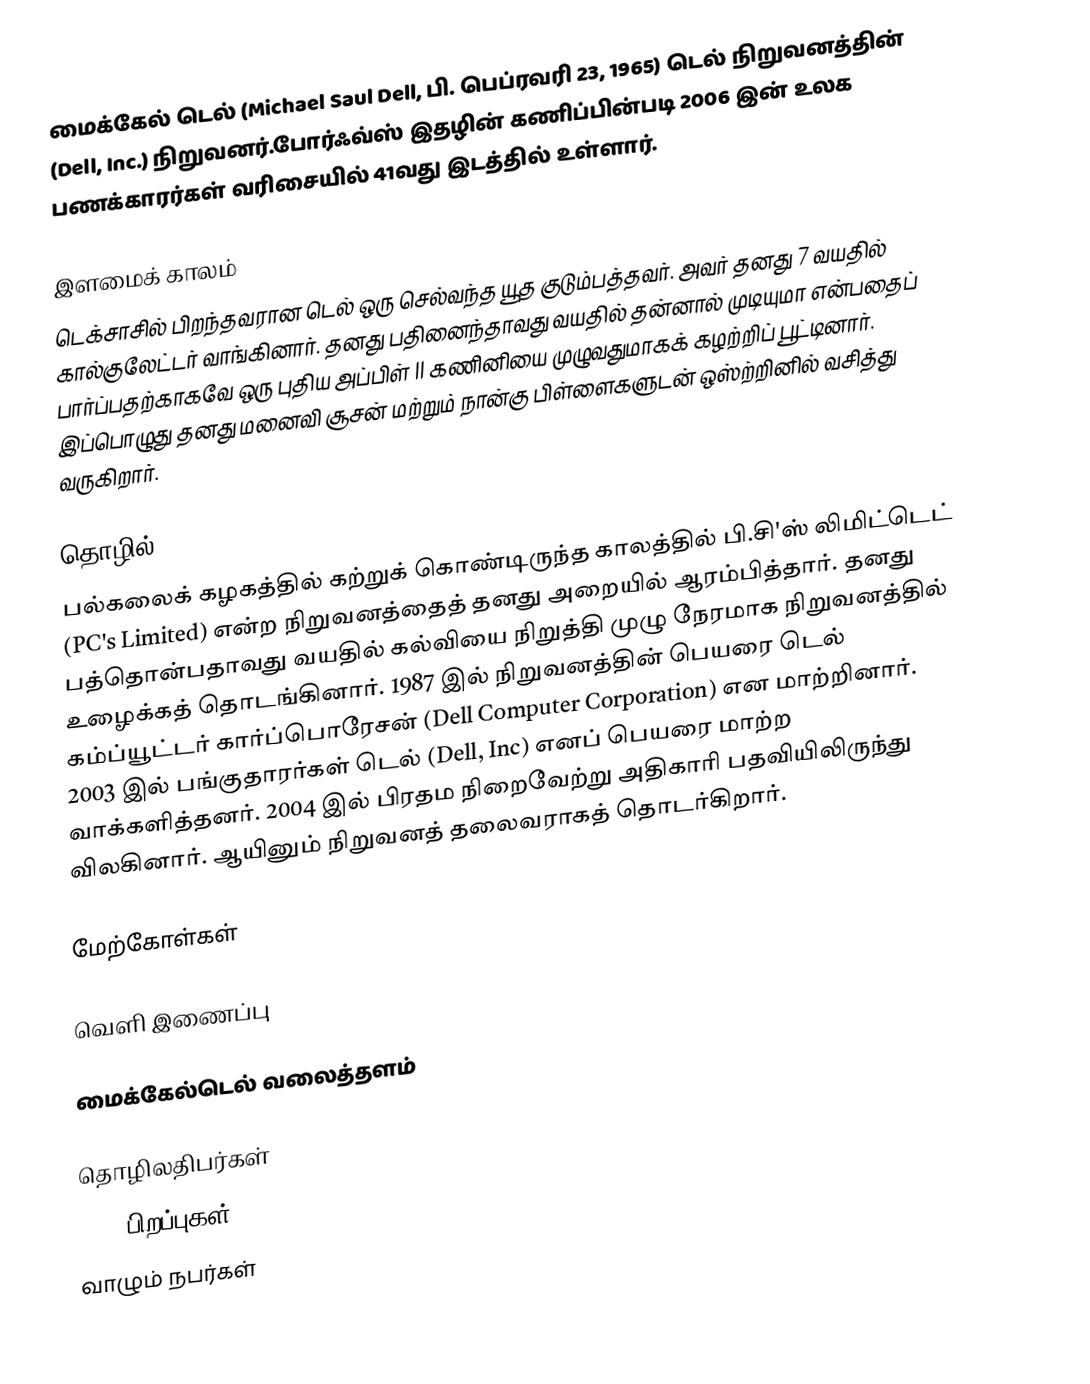
மைக்கேல் டெல் (Michael Saul Dell, பி. பெப்ரவரி 23, 1965) டெல் நிறுவனத்தின் (Dell, Inc.) நிறுவனர்.போர்ஃவ்ஸ் இதழின் கணிப்பின்படி 2006 இன் உலக பணக்காரர்கள் வரிசையில் 41வது இடத்தில் உள்ளார்.

இளமைக் காலம்
டெக்சாசில் பிறந்தவரான டெல் ஒரு செல்வந்த யூத குடும்பத்தவர். அவர் தனது 7 வயதில் கால்குலேட்டர் வாங்கினார். தனது பதினைந்தாவது வயதில் தன்னால் முடியுமா என்பதைப் பார்ப்பதற்காகவே ஒரு புதிய அப்பிள் II கணினியை முழுவதுமாகக் கழற்றிப் பூட்டினார். இப்பொழுது தனது மனைவி சூசன் மற்றும் நான்கு பிள்ளைகளுடன் ஒஸ்ற்றினில் வசித்து வருகிறார்.

தொழில்
பல்கலைக் கழகத்தில் கற்றுக் கொண்டிருந்த காலத்தில் பி.சி'ஸ் லிமிட்டெட் (PC's Limited) என்ற நிறுவனத்தைத் தனது அறையில் ஆரம்பித்தார். தனது பத்தொன்பதாவது வயதில் கல்வியை நிறுத்தி முழு நேரமாக நிறுவனத்தில் உழைக்கத் தொடங்கினார். 1987 இல் நிறுவனத்தின் பெயரை டெல் கம்ப்யூட்டர் கார்ப்பொரேசன் (Dell Computer Corporation) என மாற்றினார். 2003 இல் பங்குதாரர்கள் டெல் (Dell, Inc) எனப் பெயரை மாற்ற வாக்களித்தனர். 2004 இல் பிரதம நிறைவேற்று அதிகாரி பதவியிலிருந்து விலகினார். ஆயினும் நிறுவனத் தலைவராகத் தொடர்கிறார்.

மேற்கோள்கள்

வெளி இணைப்பு

 மைக்கேல்டெல் வலைத்தளம்

தொழிலதிபர்கள்
1965 பிறப்புகள்
வாழும் நபர்கள்